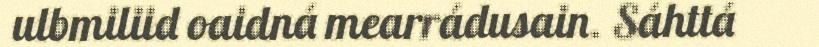
ulbmiliid oaidná mearrádusain. Sáhttá